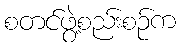
စတင်ဖွဲ့စည်းစဉ်က